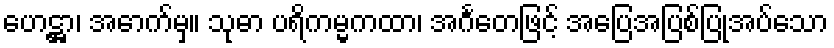
ဟေဋ္ဌာ၊ အောက်မှ။ သုဓာ ပရိကမ္မကထာ၊ အင်္ဂတေဖြင့် အပြေအပြစ်ပြုအပ်သော